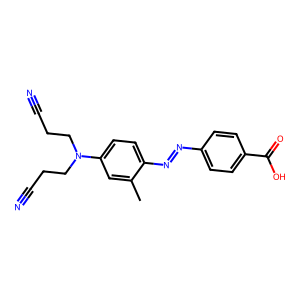
SMILES: Cc1cc(N(CCC#N)CCC#N)ccc1N=Nc1ccc(C(=O)O)cc1
Inhibits HIV replication: No